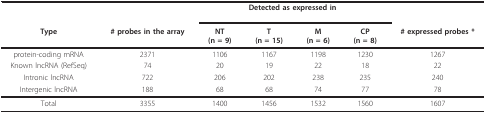
|  |  | <COLSPAN=4> Detected as expressed in |  |
 | Type | # probes in the array | NT(n = 9) | T(n = 15) | M(n = 6) | CP(n = 8) | # expressed probes * |
 | --- | --- | --- | --- | --- | --- | --- |
 | protein-coding mRNA | 2371 | 1106 | 1167 | 1198 | 1230 | 1267 |
 | Known lncRNA (RefSeq) | 74 | 20 | 19 | 22 | 18 | 22 |
 | Intronic lncRNA | 722 | 206 | 202 | 238 | 235 | 240 |
 | Intergenic lncRNA | 188 | 68 | 68 | 74 | 77 | 78 |
 | Total | 3355 | 1400 | 1456 | 1532 | 1560 | 1607 |